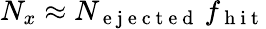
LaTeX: N_{x}\approx N_{\mathrm{~e~j~e~c~t~e~d~}}\, f_{\mathrm{~h~i~t~}}